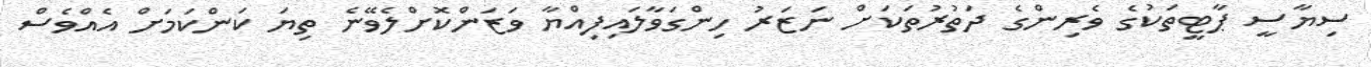
ސިޔާސީ ޕާޓީތަކުގެ ވެރިންގެ ދަތުރުތަކަށް ނަޒަރު ހިންގަވާލައިފިއްޔާ ވަޒަންކޮށްލެވޭނެ ތިޔަ ކަންކަމަށް އެއްވެސް